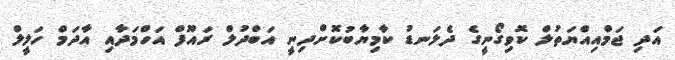
އަދި ޖަމްއިއްޔަތުލް ކޮވިގޯނީގެ ދެލަނޑު ކާމިޔާބުކޮށްދިނީ އަބްދުލް ރައޫފް އަހްމަދާއި އާދަމް ހަލީލް